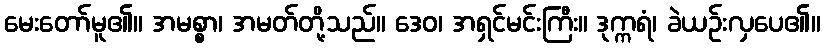
မေးတော်မူ၏။ အမစ္စာ၊ အမတ်တို့သည်။ ဒေဝ၊ အရှင်မင်းကြီး။ ဒုက္ကရံ၊ ခဲယဉ်းလှပေ၏။